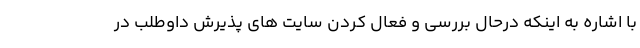
با اشاره به اینکه درحال بررسی و فعال کردن سایت های پذیرش داوطلب در